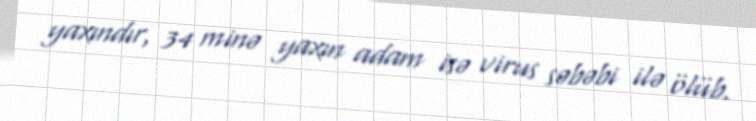
yaxındır, 34 minə yaxın adam isə virus səbəbi ilə ölüb.